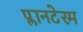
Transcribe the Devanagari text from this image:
प्लानटेरम